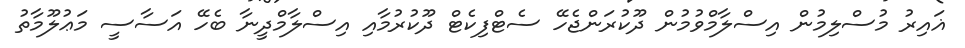
ޣައިރު މުސްލިމުން އިސްލާމްވުމުން ދޫކުރަންޖެހޭ ސެޓްފިކެޓް ދޫކުރުމާއި އިސްލާމްދީނާ ބެހޭ އަސާސީ މަޢުލޫމާތު